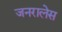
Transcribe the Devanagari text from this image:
जनरालेस